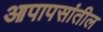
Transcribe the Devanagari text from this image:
आपापसांतील